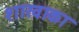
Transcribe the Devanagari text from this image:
शाखाका